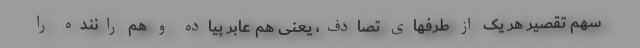
سهم تقصیر هر یک از طرفهای تصادف، یعنی هم عابر پیاده و هم راننده را